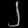
Digit: ၂